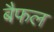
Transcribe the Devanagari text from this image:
बैफल